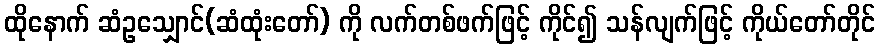
ထိုနောက် ဆံဥသျှောင်(ဆံထုံးတော်) ကို လက်တစ်ဖက်ဖြင့် ကိုင်၍ သန်လျက်ဖြင့် ကိုယ်တော်တိုင်